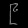
Digit: ၉